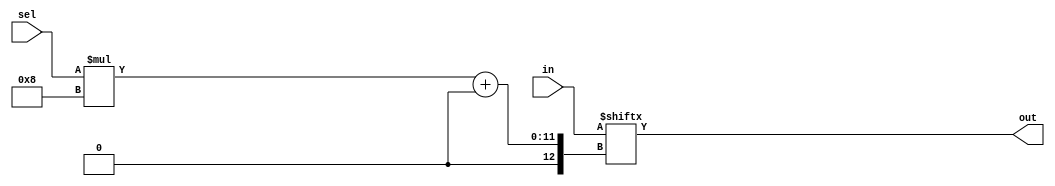
module mux128to1 #(parameter w = 8) (
  input [w*128-1:0]in,
  input [6:0]sel,
  output [w-1:0]out
);

  assign out = in[sel*w+:w];
  
endmodule